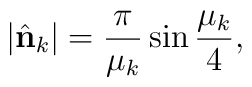
|\hat{\bf n}_k| = {\pi\over\mu_k} \sin{\mu_k \over 4},